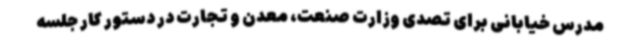
مدرس خیابانی برای تصدی وزارت صنعت، معدن و تجارت در دستور کار جلسه